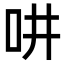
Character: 𠯤